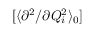
[ \langle { \partial ^ { 2 } } / { \partial Q _ { i } ^ { 2 } } \rangle _ { 0 } ]